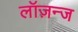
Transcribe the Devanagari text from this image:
लॉज़न्ज